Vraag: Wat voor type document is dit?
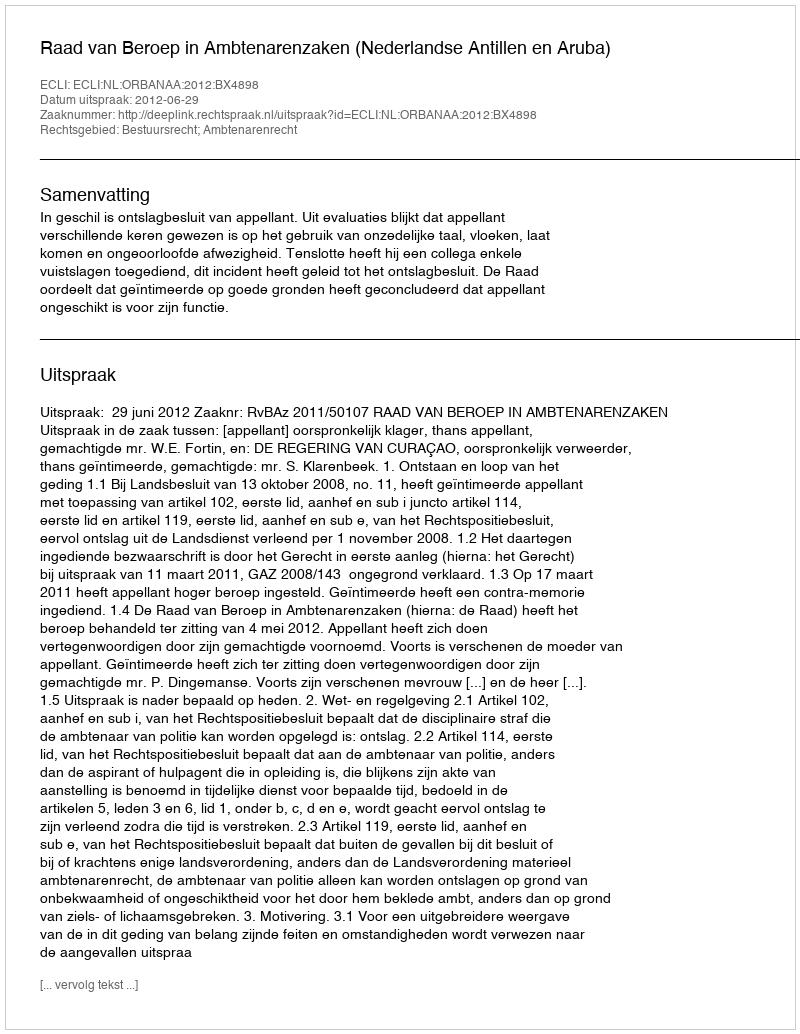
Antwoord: Uitspraak